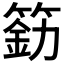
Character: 𰪐